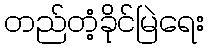
တည်တံ့ခိုင်မြဲရေး